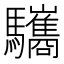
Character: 驨